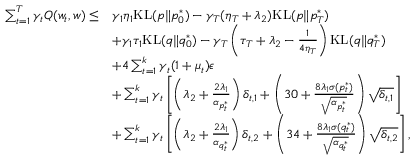
\begin{array} { r l } { \sum _ { t = 1 } ^ { T } \gamma _ { t } Q ( w _ { t } , w ) \leq } & { \gamma _ { 1 } \eta _ { 1 } \mathrm { K L } ( p \| p _ { 0 } ^ { * } ) - \gamma _ { T } ( \eta _ { T } + \lambda _ { 2 } ) \mathrm { K L } ( p \| p _ { T } ^ { * } ) } \\ & { + \gamma _ { 1 } \tau _ { 1 } \mathrm { K L } ( q \| q _ { 0 } ^ { * } ) - \gamma _ { T } \left( \tau _ { T } + \lambda _ { 2 } - \frac { 1 } { 4 \eta _ { T } } \right) \mathrm { K L } ( q \| q _ { T } ^ { * } ) } \\ & { + 4 \sum _ { t = 1 } ^ { k } \gamma _ { t } ( 1 + \mu _ { t } ) \epsilon } \\ & { + \sum _ { t = 1 } ^ { k } \gamma _ { t } \left[ \left( \lambda _ { 2 } + \frac { 2 \lambda _ { 1 } } { \alpha _ { p _ { t } ^ { * } } } \right) \delta _ { t , 1 } + \left( 3 0 + \frac { 8 \lambda _ { 1 } \sigma ( p _ { t } ^ { * } ) } { \sqrt { \alpha _ { p _ { t } ^ { * } } } } \right) \sqrt { \delta _ { t , 1 } } \right] } \\ & { + \sum _ { t = 1 } ^ { k } \gamma _ { t } \left[ \left( \lambda _ { 2 } + \frac { 2 \lambda _ { 1 } } { \alpha _ { q _ { t } ^ { * } } } \right) \delta _ { t , 2 } + \left( 3 4 + \frac { 8 \lambda _ { 1 } \sigma ( q _ { t } ^ { * } ) } { \sqrt { \alpha _ { q _ { t } ^ { * } } } } \right) \sqrt { \delta _ { t , 2 } } \right] , } \end{array}